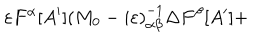
\varepsilon F ^ { \alpha } [ A ^ { \prime } ] \left( M _ { 0 } - i \varepsilon \right) _ { \alpha \beta } ^ { - 1 } \Delta F ^ { \beta } [ A ^ { \prime } ] +